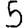
Digit: 5